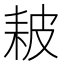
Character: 耚